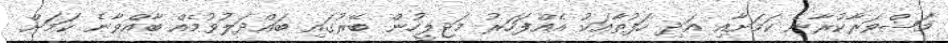
މަޝްވަރާކުރާނެ ކަމަށާއި އަދި ހަފުތާއަކު އެއްފަހަރު މަޖިލީހުން ބޭރުގައި ބައްދަލުވުމެއް ބާއްވާނެ ކަމަށް